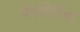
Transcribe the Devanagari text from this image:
पेमगिरिचा